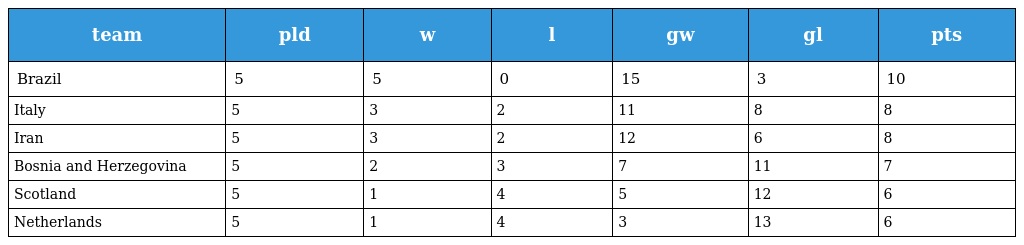
| team | pld | w | l | gw | gl | pts |
 | --- | --- | --- | --- | --- | --- | --- |
 | Brazil | 5 | 5 | 0 | 15 | 3 | 10 |
 | Italy | 5 | 3 | 2 | 11 | 8 | 8 |
 | Iran | 5 | 3 | 2 | 12 | 6 | 8 |
 | Bosnia and Herzegovina | 5 | 2 | 3 | 7 | 11 | 7 |
 | Scotland | 5 | 1 | 4 | 5 | 12 | 6 |
 | Netherlands | 5 | 1 | 4 | 3 | 13 | 6 |